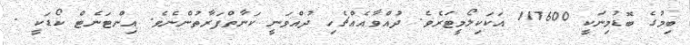
ބިމުގެ ބޮޑުމިނަކީ 117600 އަކަކިލޯމީޓަރެވެ. ދުއްވާއެއްޗެހި ދުއްވަނީ ކަނާތްފަރާތުންނެވެ. އިންޓަނެޓް ކޯޑަކީ .